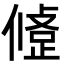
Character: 𢿅